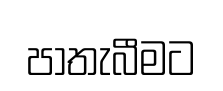
පාතැබීමට